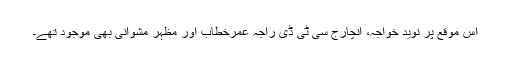
اس موقع پر نوید خواجہ، انچارج سی ٹی ڈی راجہ عمرخطاب اور مظہر مشوانی بھی موجود تھے۔